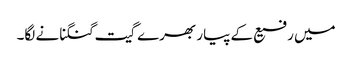
میں رفیع کے پیار بھرے گیت گنگنانے لگا۔